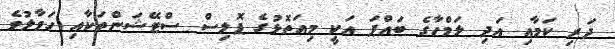
ދަރި ކަމާއި އަދި ލަމްހާގެ ބައްޕަ އަކީ މިއަތޮޅުގެ ޕޮލިސް ސްޓޭޝަންތަކާއި ހަވާލުވެ